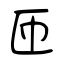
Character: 匝